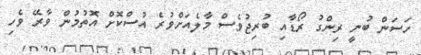
ހަސަން ބުނީ ރިންގު ރޯޑާއި ބުރިޖުވެސް މާލެއަށްވުރެ އުސްކޮށް އޮތުމުން ވާރޭ ވެހި